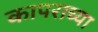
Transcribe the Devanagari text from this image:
कापराच्या